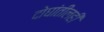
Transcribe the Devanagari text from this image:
दोघांतीलही